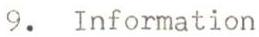
9. Information